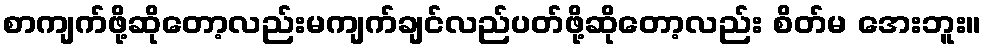
စာကျက်ဖို့ဆိုတော့လည်းမကျက်ချင်လည်ပတ်ဖို့ဆိုတော့လည်း စိတ်မ အေးဘူး။